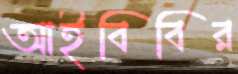
আইবিবির